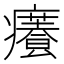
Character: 𤻰